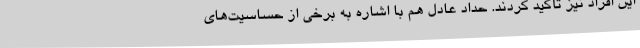
این افراد نیز تأکید کردند. حداد عادل هم با اشاره به برخی از حساسیت‌های